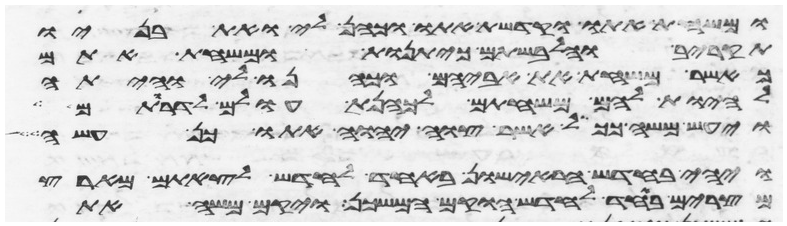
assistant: ומשחת אתו וקדשת אתו וכהן לי ואת בניו
תקריב והלבשתם כיתנות ומשחת אתם
כאשר משחת את אביהם וכהנו לי והיתה
להיות להם משחתם לכהנת עולם לדרותם
ויעש משה ככל אשר צוה יהוה אתו כן עשה
החדש הראישון באחד לחדש תקים את
ממצרים באחד לחדש הוקם המשכן ויקם משה את